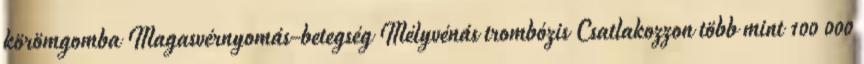
körömgomba Magasvérnyomás-betegség Mélyvénás trombózis Csatlakozzon több mint 100 000